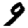
Digit: 9